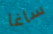
ساغا